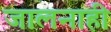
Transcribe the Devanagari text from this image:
जालनाही